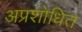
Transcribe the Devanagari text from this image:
अप्रशोधित